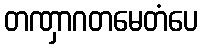
တဏှာဂတမေတံပေ